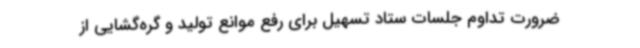
ضرورت تداوم جلسات ستاد تسهیل برای رفع موانع تولید و گره‌گشایی از